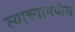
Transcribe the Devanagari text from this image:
त्याच्यामधील